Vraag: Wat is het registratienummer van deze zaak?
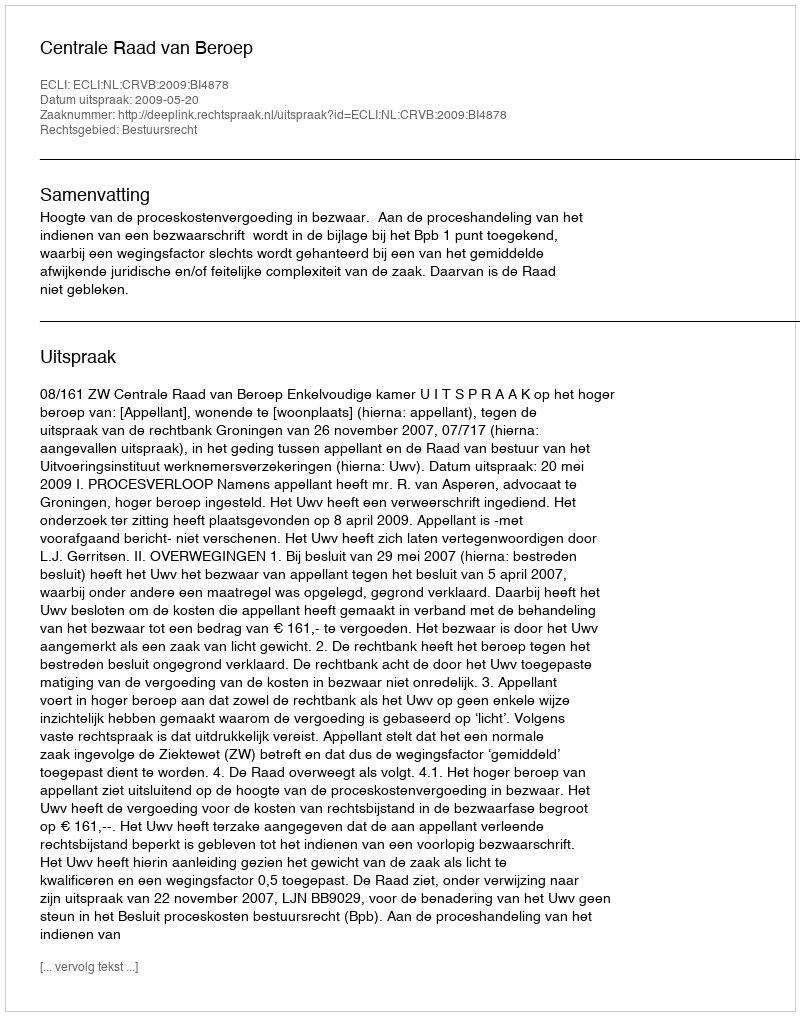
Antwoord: http://deeplink.rechtspraak.nl/uitspraak?id=ECLI:NL:CRVB:2009:BI4878